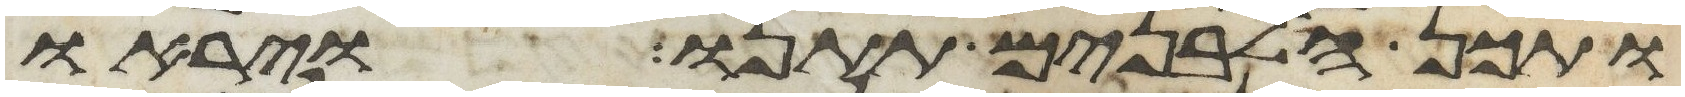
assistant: ותכן הלבנים תתנו ויראו